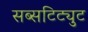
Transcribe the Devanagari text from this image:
सब्सटिट्युट